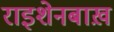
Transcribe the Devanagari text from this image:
राइशेनबाख़